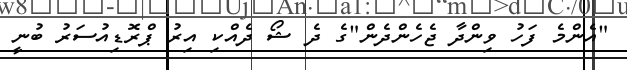
"އެންމެ ފަހު ވިންދާ ޖެހެންދެން"ގެ ދެ ޝޯ ދެއްކި އިރު ޕްރޮޑިއުސަރު ބުނީ